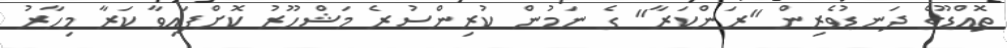
ތޮއްޑޫގެ ދަނޑުވެރިން "ރަންކަރާ" ގެ ނަމުން ކުރިންސުރެ މަޝްހޫރު ކޮށްފައިވާ ކަރާ މިހާރު